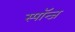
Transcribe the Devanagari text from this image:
स्पॉन्ज